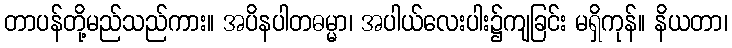
တာပန်တို့မည်သည်ကား။ အပိနပါတဓမ္မာ၊ အပါယ်လေးပါး၌ကျခြင်း မရှိကုန်။ နိယတာ၊